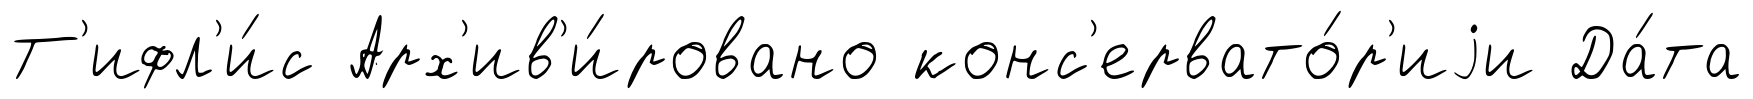
Т'ифл'и́с Арх'ив'и́ровано конс'ервато́р'иjи Да́та